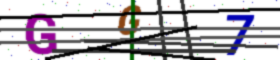
Text: GG7